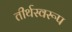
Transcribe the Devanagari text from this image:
तीर्थस्वरूप